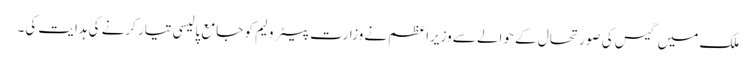
ملک میں گیس کی صورتحال کے حوالے سے وزیراعظم نے وزارت پیٹرولیم کو جامع پالیسی تیار کرنے کی ہدایت کی۔